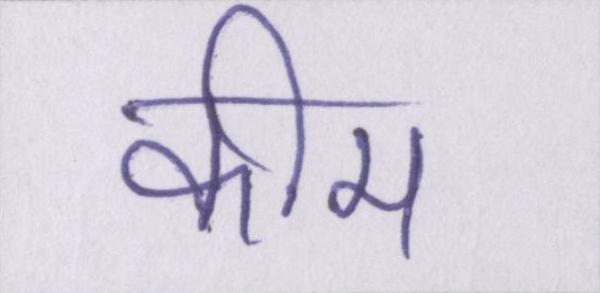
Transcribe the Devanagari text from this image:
कीम